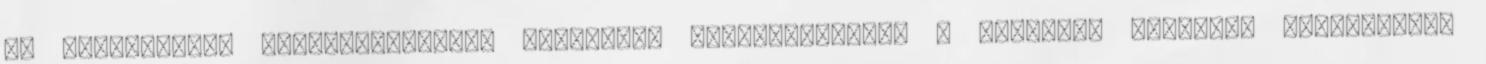
az adatvédelmi tájékoztatóban. Nincsenek hozzászólások. A tüntetés megvolt, tárgyalások